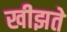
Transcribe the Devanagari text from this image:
खीझते